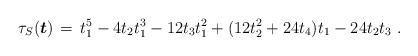
LaTeX: \begin{align*}\tau_S(\boldsymbol{t}) \,=\, t_1^5 - 4t_2t_1^3 - 12t_3t_1^2 + (12t_2^2 + 24t_4)t_1 - 24t_2t_3 \ .\end{align*}